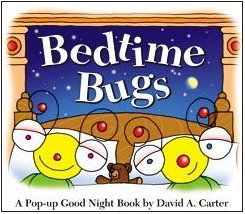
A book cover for Bedtime Bugs: A Pop-up Good Night Book by David A. Carter; David  A. Carter; Children's Books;